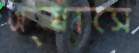
অ্যাসে